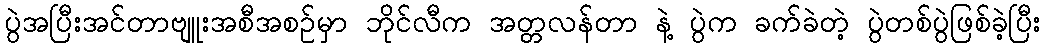
ပွဲအပြီးအင်တာဗျူးအစီအစဉ်မှာ ဘိုင်လီက အတ္တလန်တာ နဲ့ ပွဲက ခက်ခဲတဲ့ ပွဲတစ်ပွဲဖြစ်ခဲ့ပြီး